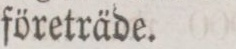
företräde.